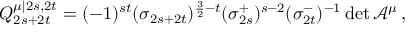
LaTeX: Q _ { 2 s + 2 t } ^ { \mu | 2 s , 2 t } = ( - 1 ) ^ { s t } ( \sigma _ { 2 s + 2 t } ) ^ { \frac { 3 } { 2 } - t } ( \sigma _ { 2 s } ^ { + } ) ^ { s - 2 } ( \sigma _ { 2 t } ^ { - } ) ^ { - 1 } \operatorname * { d e t } \mathcal { A } ^ { \mu } \mathcal { \, } ,